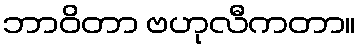
ဘာဝိတာ ဗဟုလီကတာ။